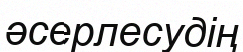
әсерлесудің